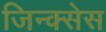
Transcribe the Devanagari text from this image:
जिन्क्सेस